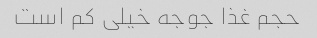
حجم غذا جوجه خیلی کم است